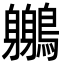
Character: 𪇣